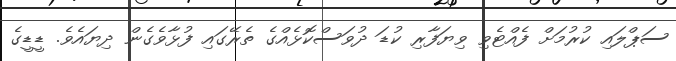
ސަޕްލައި ކުރުމަށް ފެއްޓެވި ވިޔަފާރި ކުޑަ ދުވަސްކޮޅެއްގެ ތެރޭގައި ފުޅާވެގެން ދިޔައެވެ. ޑީޑީގެ